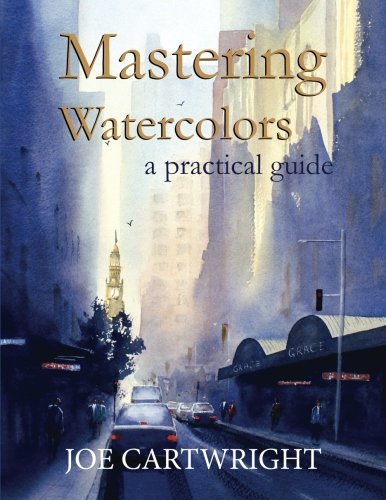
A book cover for Mastering Watercolors: A Practical Guide; Joe Cartwright; Arts & Photography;